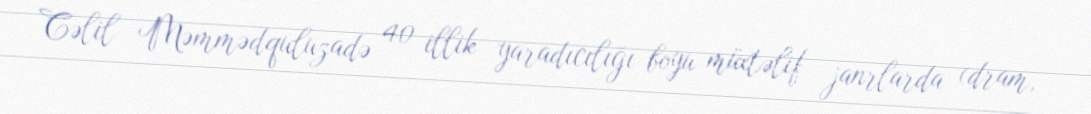
Cəlil Məmmədquluzadə 40 illik yaradıcılığı boyu müxtəlif janrlarda (dram,